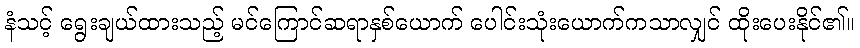
နံသင့် ရွေးချယ်ထားသည့် မင်ကြောင်ဆရာနှစ်ယောက် ပေါင်းသုံးယောက်ကသာလျှင် ထိုးပေးနိုင်၏။